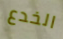
الخدع